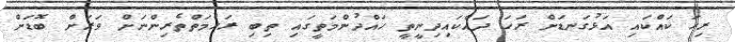
ރިހަ ކައްކައި އަޅުގަނޑަށް ރަހަ ދައްކައިދިނީތީ ހައްދުންމަތީގައި ތިބި ރަހުމަތްތެރިންނަށް ވަރަށް ބޮޑަށް